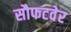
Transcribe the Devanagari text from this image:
सौफटवेर